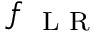
f _ { \mathrm { ~ \scriptsize ~ L ~ R ~ } }